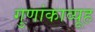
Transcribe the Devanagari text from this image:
गुणांकाव्यूह